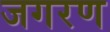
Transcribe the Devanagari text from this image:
जगरण